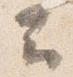
云